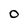
Character: 0